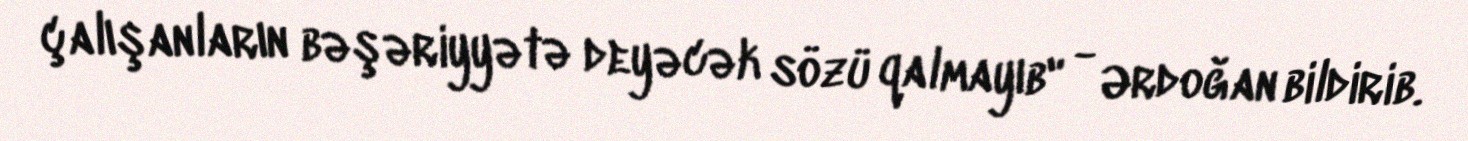
çalışanların bəşəriyyətə deyəcək sözü qalmayıb" - Ərdoğan bildirib.